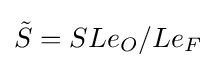
{\tilde {S}}=SLe_{O}/Le_{F}